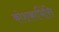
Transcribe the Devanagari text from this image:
कोशकाभित्ति